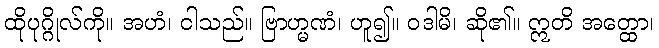
ထိုပုဂ္ဂိုလ်ကို။ အဟံ၊ ငါသည်။ ဗြာဟ္မဏံ၊ ဟူ၍။ ဝဒါမိ၊ ဆို၏။ ဣတိ အတ္ထော၊